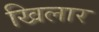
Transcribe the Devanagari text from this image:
खिलार